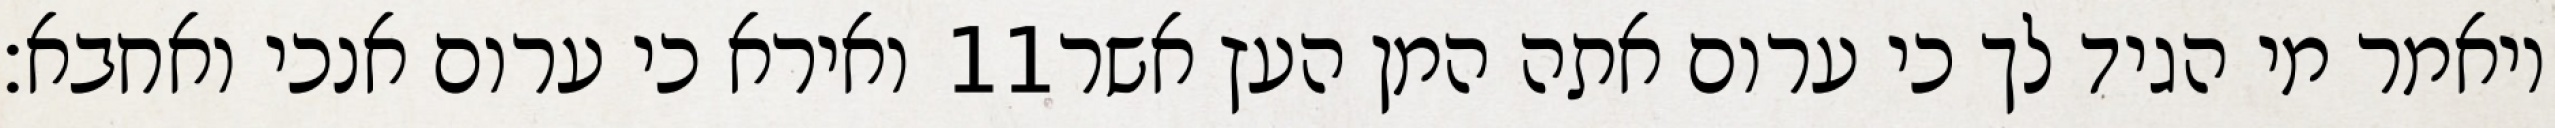
ואירא כי ערום אנכי ואחבא׃ ‎11‏ ויאמר מי הגיד לך כי ערום אתה המן העץ אשר